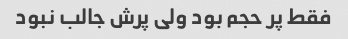
فقط پر حجم بود ولی پرش جالب نبود